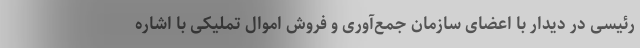
رئیسی در دیدار با اعضای سازمان جمع‌آوری و فروش اموال تملیکی با اشاره